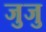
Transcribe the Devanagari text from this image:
जुजु